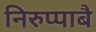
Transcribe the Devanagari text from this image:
निरुप्पाबै